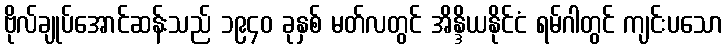
ဗိုလ်ချုပ်အောင်ဆန်းသည် ၁၉၄၀ ခုနှစ် မတ်လတွင် အိန္ဒိယနိုင်ငံ ရမ်ဂါတွင် ကျင်းပသော